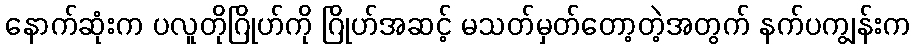
နောက်ဆုံးက ပလူတိုဂြိုဟ်ကို ဂြိုဟ်အဆင့် မသတ်မှတ်တော့တဲ့အတွက် နက်ပကျွန်းက